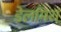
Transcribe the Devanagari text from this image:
डेलमिरा